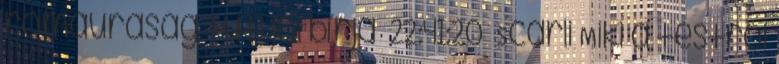
romaúraság tuti jól bírja 22:41:20 Scarli Miki a testről